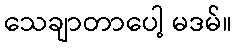
သေချာတာပေါ့ မဒမ်။